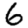
Digit: 6